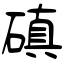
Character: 磌